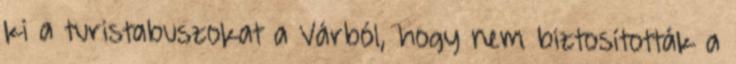
ki a turistabuszokat a Várból, hogy nem biztosították a